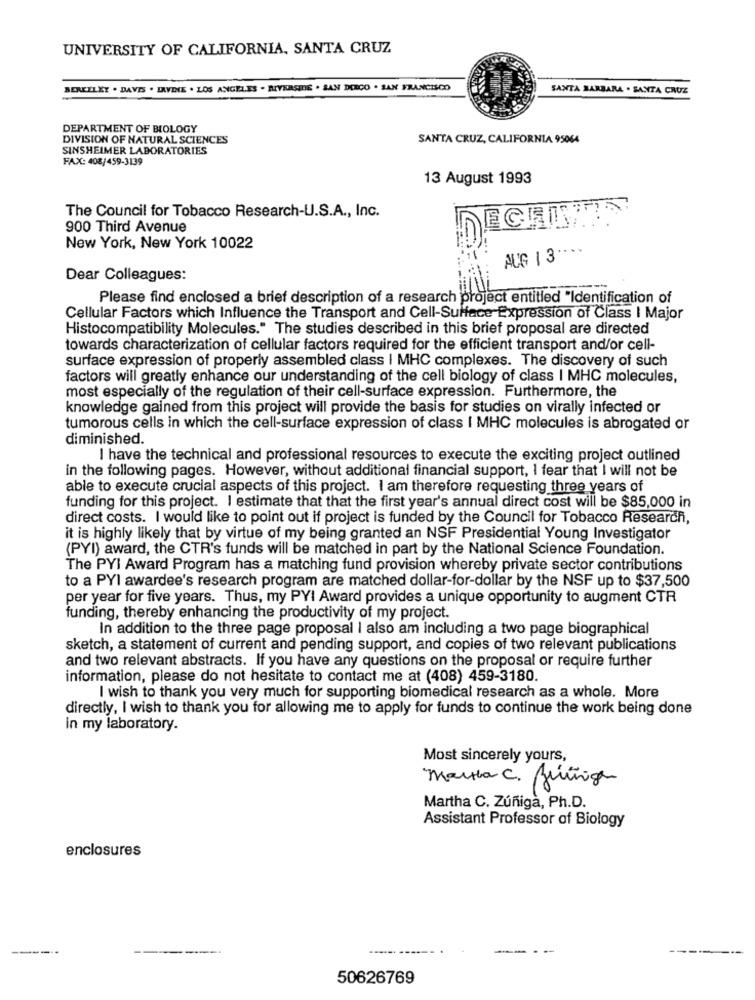
UNIVERSITY OF CALIFORNIA, SANTA CRUZ
BERKELEY . DAVIS . IRVINE . LOS ANGELES . RIVERSIDE . SAN DERCO . SAN FRANCISCO
SANTA BARBARA . SANTA CRUZ
DEPARTMENT OF BIOLOGY
DIVISION OF NATURAL SCIENCES
SANTA CRUZ, CALIFORNIA 95064
SINSHEIMER LABORATORIES
FAX: 408/459-3139
13 August 1993
The Council for Tobacco Research-U.S.A ., Inc.
900 Third Avenue
New York, New York 10022
AUG 1 3 .***
Dear Colleagues:
Please find enclosed a brief description of a research project entitled "Identification of
Cellular Factors which Influence the Transport and Cell-Sulface Expression of Class I Major
Histocompatibility Molecules." The studies described in this brief proposal are directed
towards characterization of cellular factors required for the efficient transport and/or cell-
surface expression of properly assembled class | MHC complexes. The discovery of such
factors will greatly enhance our understanding of the cell biology of class I MHC molecules,
most especially of the regulation of their cell-surface expression. Furthermore, the
knowledge gained from this project will provide the basis for studies on virally infected or
tumorous cells in which the cell-surface expression of class I MHC molecules is abrogated or
diminished.
I have the technical and professional resources to execute the exciting project outlined
in the following pages. However, without additional financial support, I fear that I will not be
able to execute crucial aspects of this project. I am therefore requesting three years of
funding for this project. I estimate that that the first year's annual direct cost will be $85,000 in
direct costs. I would like to point out if project is funded by the Council for Tobacco Research,
it is highly likely that by virtue of my being granted an NSF Presidential Young Investigator
(PYI) award, the CTR's funds will be matched in part by the National Science Foundation.
The PYI Award Program has a matching fund provision whereby private sector contributions
to a PYI awardee's research program are matched dollar-for-dollar by the NSF up to $37,500
per year for five years. Thus, my PYI Award provides a unique opportunity to augment CTR
funding, thereby enhancing the productivity of my project.
In addition to the three page proposal I also am including a two page biographical
sketch, a statement of current and pending support, and copies of two relevant publications
and two relevant abstracts. If you have any questions on the proposal or require further
information, please do not hesitate to contact me at (408) 459-3180.
I wish to thank you very much for supporting biomedical research as a whole. More
directly, I wish to thank you for allowing me to apply for funds to continue the work being done
in my laboratory.
Most sincerely yours,
Martha C. Júriige
30
Martha C. Zúñiga, Ph.D.
Assistant Professor of Biology
enclosures
---
-----
50626769